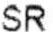
SR